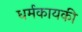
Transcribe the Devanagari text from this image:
धर्मकायकी